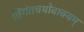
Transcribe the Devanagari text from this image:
तिंगंतचयोवाक्यम्